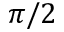
\pi / 2